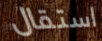
استقال